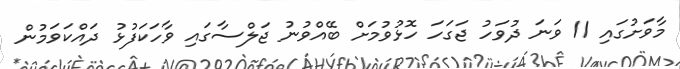
މާވަށުގައި 11 ވަނަ ދުވަހު ޖަގަހަ ހޮޅުވުމަށް ބޭއްވުނު ޖަލްސާގައި ވާހަކަފުޅު ދައްކަވަމުން